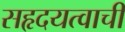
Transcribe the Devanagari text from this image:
सहृदयत्वाची